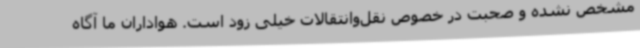
مشخص نشده و صحبت در خصوص نقل‌وانتقالات خیلی زود است. هواداران ما آگاه